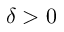
\delta > 0